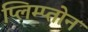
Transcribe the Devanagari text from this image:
प्लिम्प्तोन